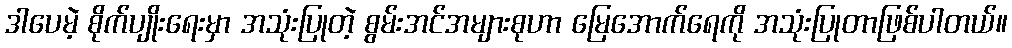
ဒါပေမဲ့ စိုက်ပျိုးရေးမှာ အသုံးပြုတဲ့ စွမ်းအင်အများစုဟာ မြေအောက်ရေကို အသုံးပြုတာဖြစ်ပါတယ်။